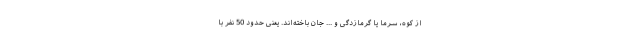
از کوه، سرما یا گرمازدگی و ... جان باخته‌اند. یعنی حدود 50 نفر با